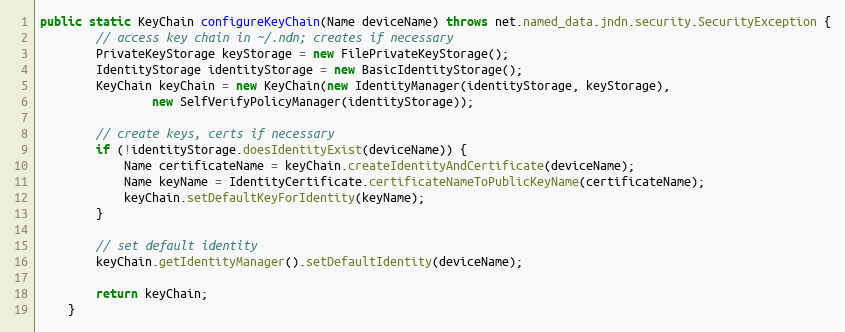
Language: Java
public static KeyChain configureKeyChain(Name deviceName) throws net.named_data.jndn.security.SecurityException {
        // access key chain in ~/.ndn; creates if necessary
        PrivateKeyStorage keyStorage = new FilePrivateKeyStorage();
        IdentityStorage identityStorage = new BasicIdentityStorage();
        KeyChain keyChain = new KeyChain(new IdentityManager(identityStorage, keyStorage),
                new SelfVerifyPolicyManager(identityStorage));

        // create keys, certs if necessary
        if (!identityStorage.doesIdentityExist(deviceName)) {
            Name certificateName = keyChain.createIdentityAndCertificate(deviceName);
            Name keyName = IdentityCertificate.certificateNameToPublicKeyName(certificateName);
            keyChain.setDefaultKeyForIdentity(keyName);
        }

        // set default identity
        keyChain.getIdentityManager().setDefaultIdentity(deviceName);

        return keyChain;
    }